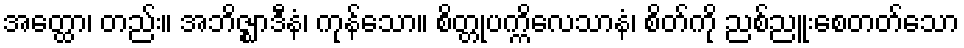
အတ္ထော၊ တည်း။ အဘိဇ္ဈာဒီနံ၊ ကုန်သော။ စိတ္တုပက္ကိလေသာနံ၊ စိတ်ကို ညစ်ညူးစေတတ်သော